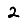
Digit: 2